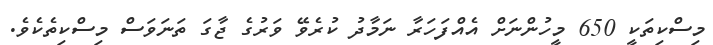
މިސްކިތަކީ 650 މީހުންނަށް އެއްފަހަރާ ނަމާދު ކުރެވޭ ވަރުގެ ޖާގަ ތަނަވަސް މިސްކިތެކެވެ.